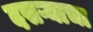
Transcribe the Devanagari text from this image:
दसऱ्याचा